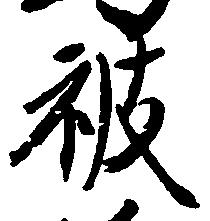
被